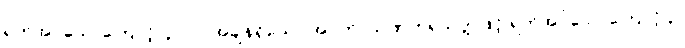
ရက်အပ်သောကြောင့် ၄၊ ပိုလ်အချိန်ရှိသော အဝတ်, သဏှတရသုတ္တဖြင့် ရက်အပ်သောကြောင့် ၃၊